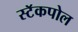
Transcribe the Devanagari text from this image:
स्टॅकपोल